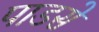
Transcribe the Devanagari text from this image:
पाडसे